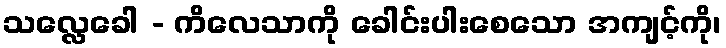
သလ္လေခေါ - ကိလေသာကို ခေါင်းပါးစေသော အကျင့်ကို၊